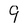
Character: 9